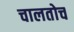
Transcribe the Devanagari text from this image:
चालतोच